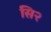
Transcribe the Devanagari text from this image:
सि२